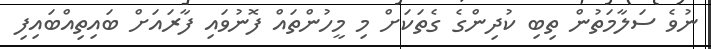
ނުވެ ސަލާމަތުން ތިބި ކުދިންގެ ގެތަކަށް މި މީހުންތައް ފޮނުވައި ފާރައަށް ބައިތިއްބައިފި